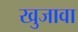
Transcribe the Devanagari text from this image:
खुजावा